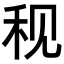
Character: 𫀨